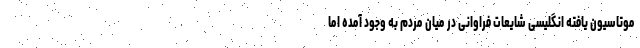
موتاسیون یافته انگلیسی شایعات فراوانی در میان مردم به وجود آمده اما